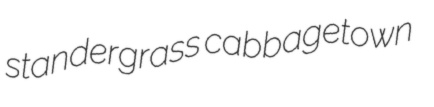
standergrass cabbagetown